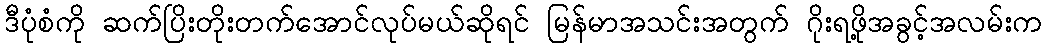
ဒီပုံစံကို ဆက်ပြိးတိုးတက်အောင်လုပ်မယ်ဆိုရင် မြန်မာအသင်းအတွက် ဂိုးရဖို့အခွင့်အလမ်းက